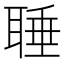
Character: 𦖋